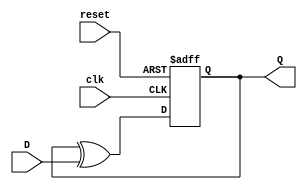
module FeedbackRegister (
    input wire clk,        // Clock signal
    input wire reset,      // Reset signal
    input wire D,          // Data input
    output reg Q           // Output of the register
);

// Sequential logic for the feedback register
always @(posedge clk or posedge reset) begin
    if (reset) begin
        Q <= 1'b0;        // Asynchronous reset to 0
    end else begin
        // State transition logic
        // Example: Next state is determined by feedback and input D
        Q <= Q ^ D;       // Feedback logic (XOR with input D)
    end
end

endmodule